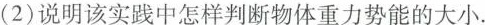
(2)说明该实践中怎样判断物体重力势能的大小.